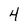
Character: 4